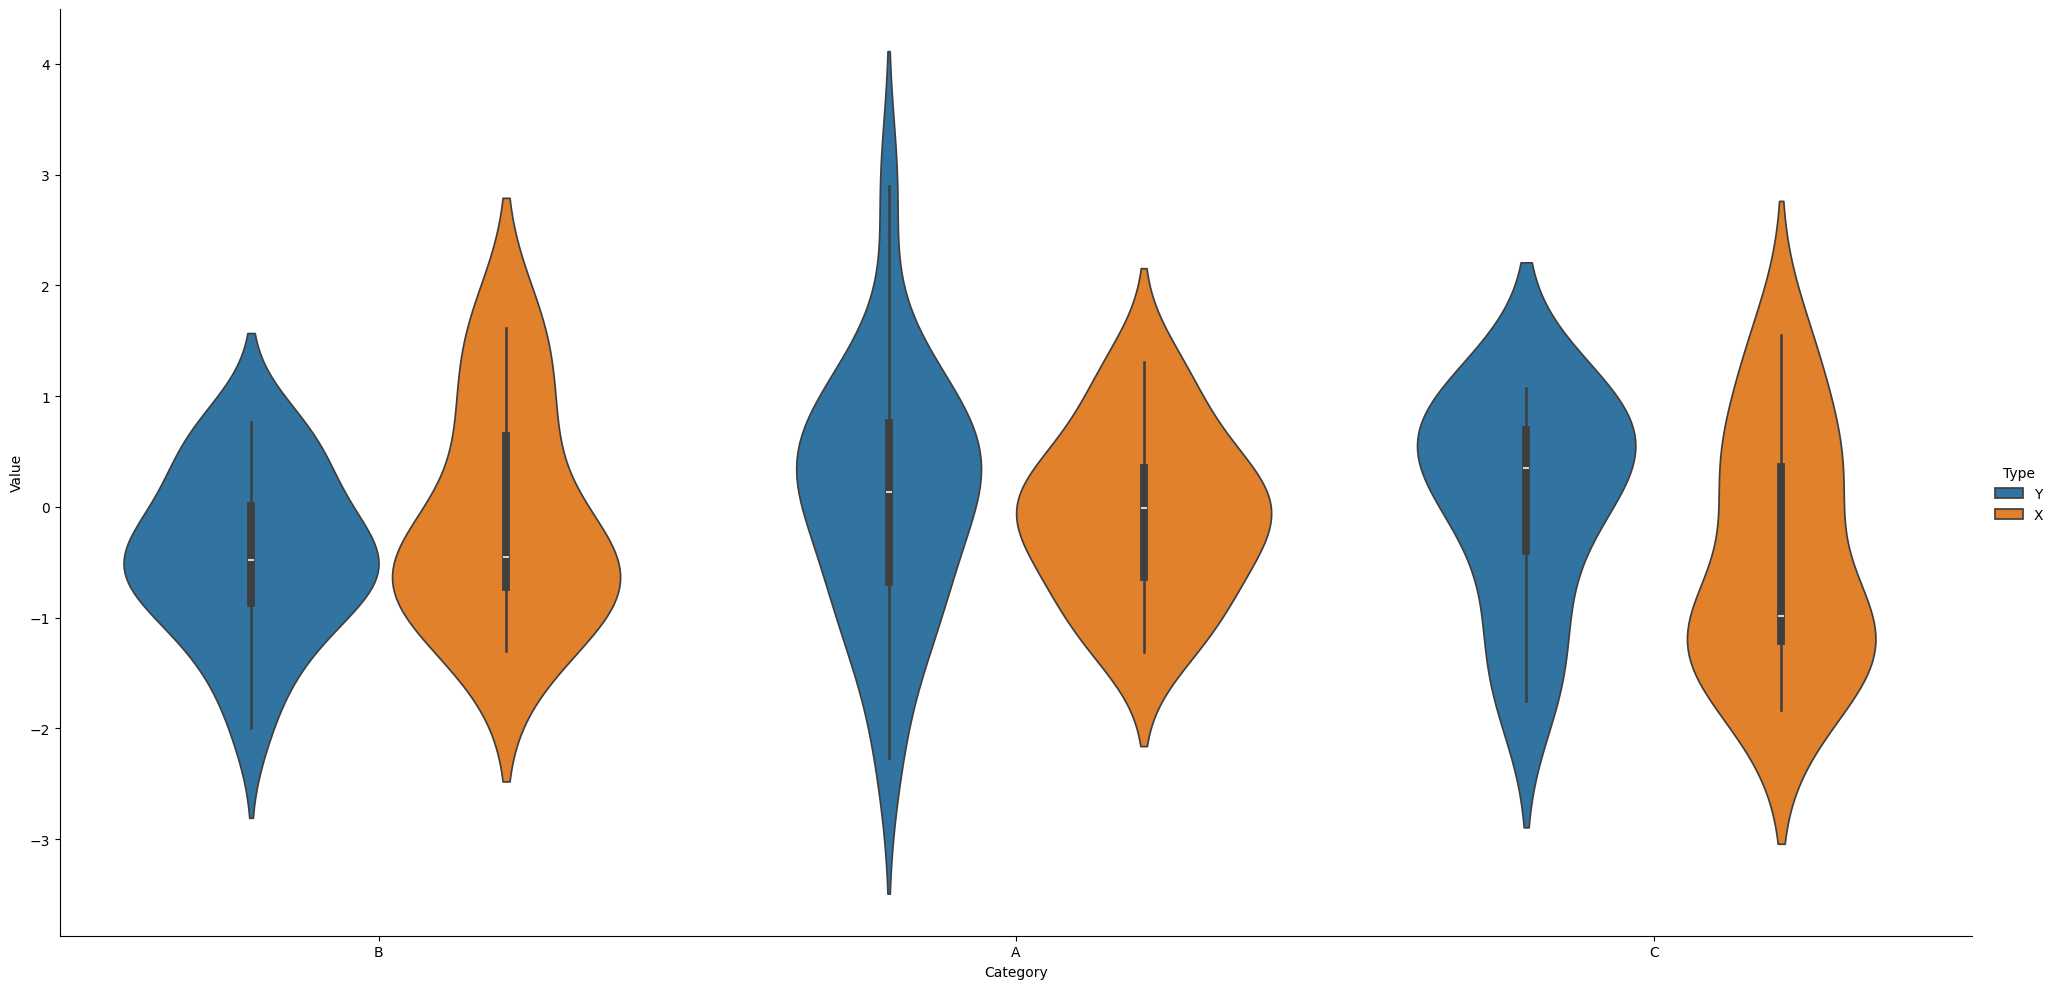
python, seaborn, catplot, kind='violin', height=10, aspect=2